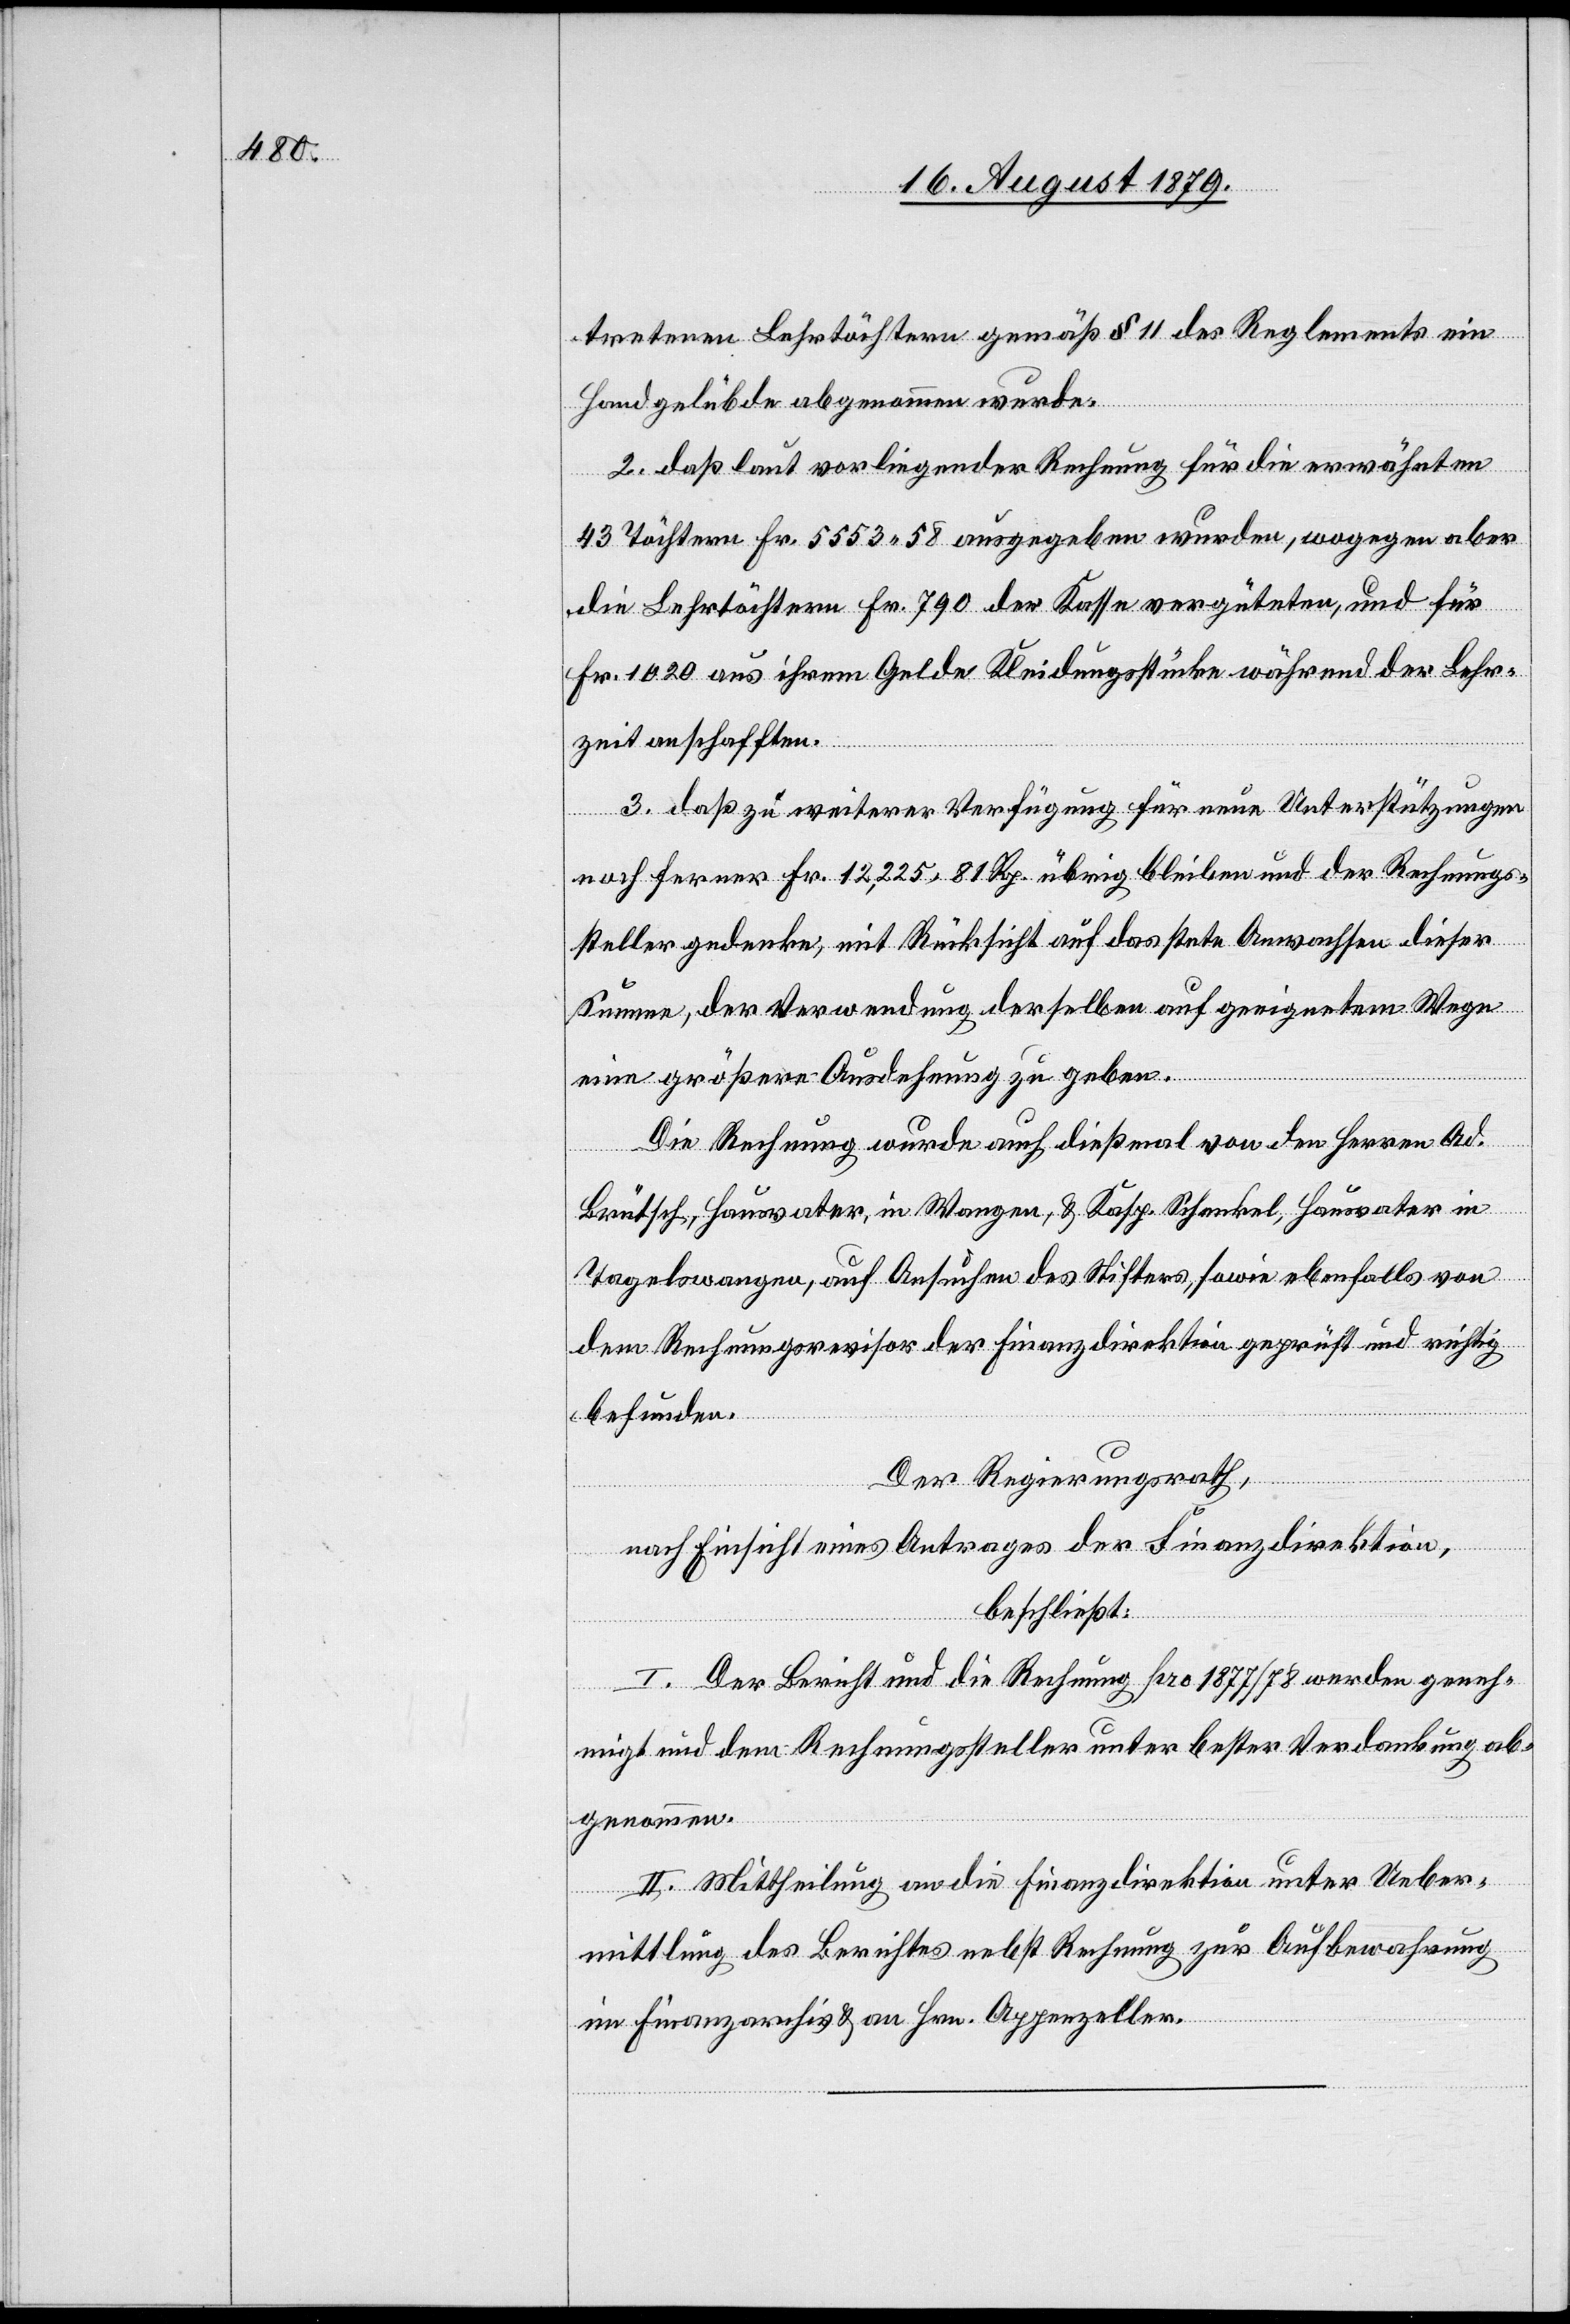
tretenen Lehrtöchtern gemäß § 11 des Reglements ein
geben.
Handgelübde abgenommen wurde.
2. daß laut vorliegender Rechnung für die erwähnten
43 Töchtern Fr. 5553 58 ausgegeben wurden, wogegen aber
ehnung
die Lehrtöchtern Fr. 790 der Kosten vergüteten, und für
Fr. 1020 aus ihrem Gelde Kleidungsstücke während der Lehr¬
zeit anschafften.
3. daß zu weiterer Verfügung für neue Unterstützungen
noch ferner Fr. 12,225 81 Rp. übrig bleiben und der Rechnungs¬
steller gedenke, mit Rücksicht auf das stete Anwachsen dieser
Summe, der Verwendung derselben auf geeignetem Wege
Die Rechnung wurde auch dießmal von den Herren Ad.
Brütsch, Hausvater, in Wangen, & Kasp. Schenkel, Hausvater in
Tagelswangen, auf Ansuchen des Stiftes, sowie ebenfalls von
dem Rechnungsrevisor der Finanzdirektion geprüft und richtig
befunden.
Der Regierungsrath,
nach Einsicht eines Antrages der Finanzdirektion,
beschließt:
I. Der Bericht und die Rechnung pro 1877/78 wurde geneh¬
migt und dem Rechnungssteller unter bester Verdankung ab¬
genommen.
II. Mittheilung an die Finanzdirektion unter Ueber¬
mittlung des Berichtes nebst Rechnung zur Aufbewahrung
im Finanzarchiv & an Hrn. Appenzeller.